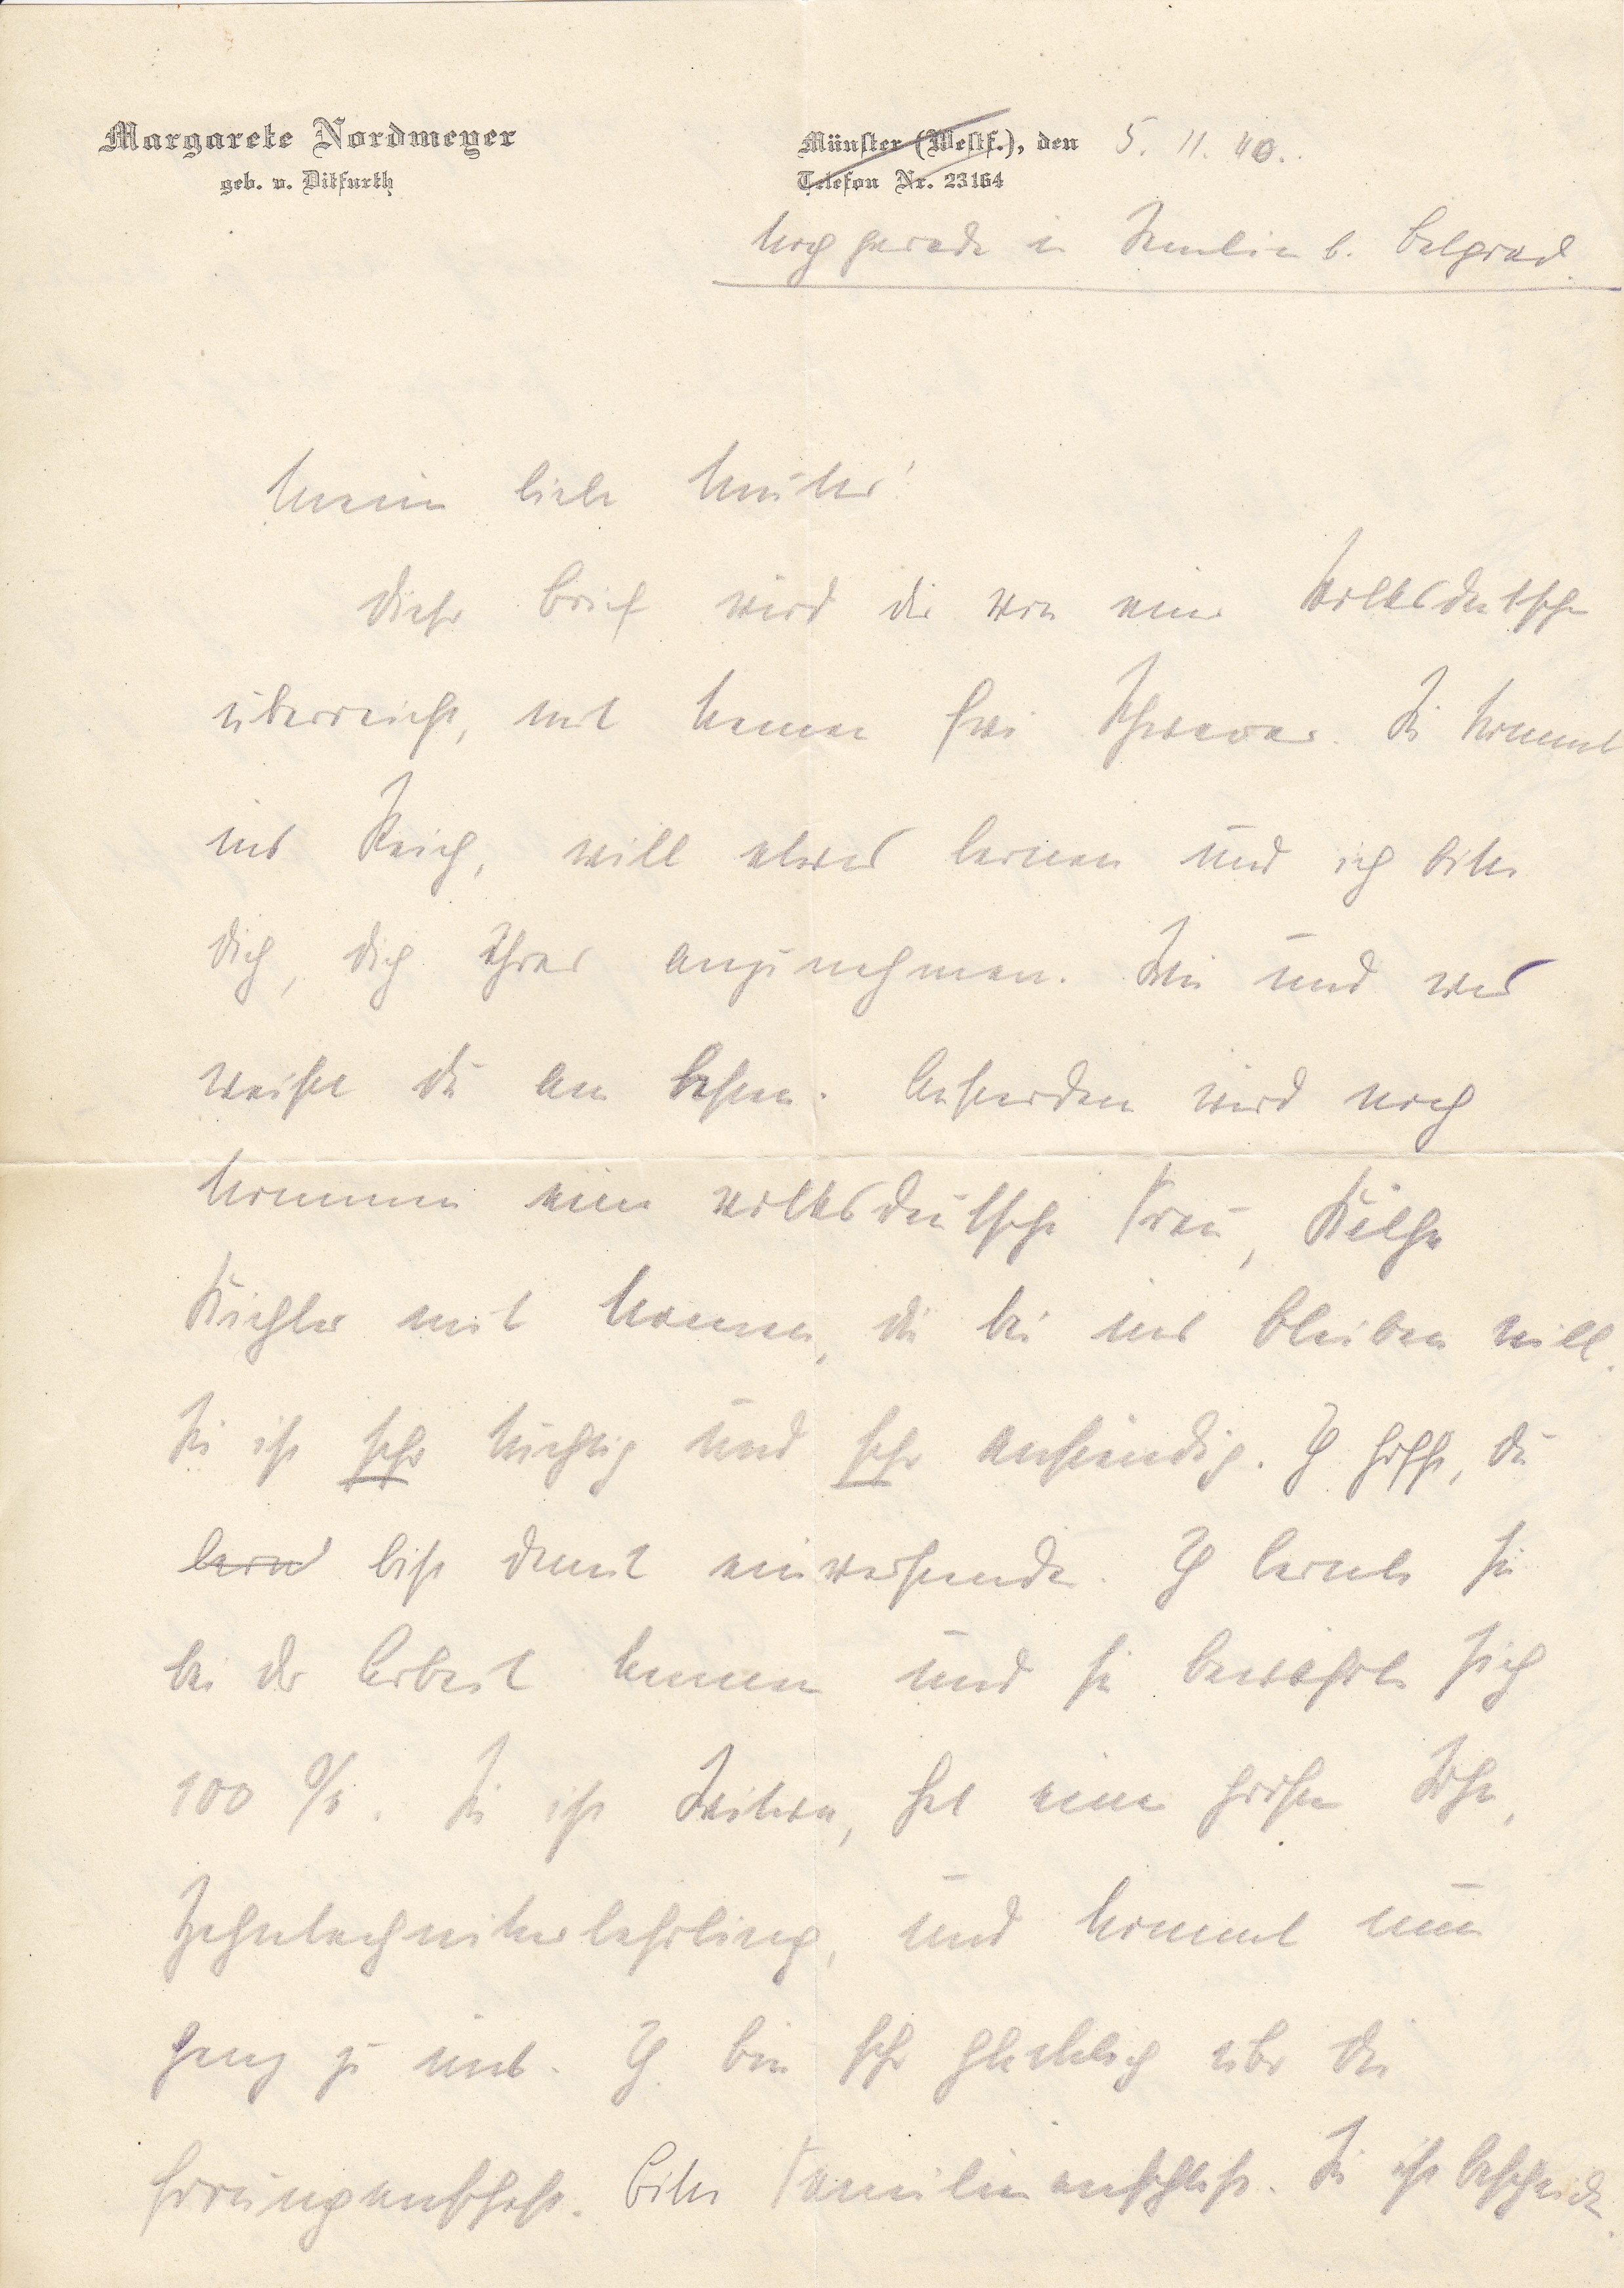
Margarete Nordmeyer
Münster (Westf.), den 5. 11. 40
Telefon Nr. 23164
geb. v. Ditfurth

Meine Liebe Mutter!
Dieser Brief wird dir von einer Volksdeutschen
überreicht, mit kemen fier Schwestern. Sie kommt
ins Reich, will etwas lernen und ich bitte
dich, dich ihrer anzunehmen. Wie und wer
weißt du am besten. Außerdem wird noch
kommen eine volksdeutsche Frau, xxx
xxx mit Namen, die bei uns bleiben will.
Sie ist sehr kräftig und sehr xxx. Ich hoffe, du
bist damit einverstanden. Ich lernte sie
bei der Arbeit kennen und sie bewährte sich
100%. Sie ist Witwe, hat einen großen Sohn,
Zahntechnikerlehrling, und kommt nun
ganz zu uns. Ich bin sehr glücklich über die
Errungenschaft. bite Familienanschluss. xxx ihr bescheiden